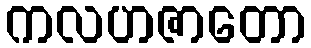
ကလဟဇာတော